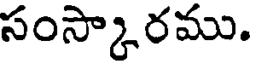
సంస్కారము.